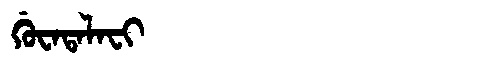
Manchu: ᡤᡠᠸᠠᡨᠠᠯᠠᠸᡳ
Romanization: GUWATALAFI